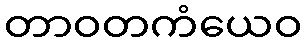
တာဝတကံယေဝ